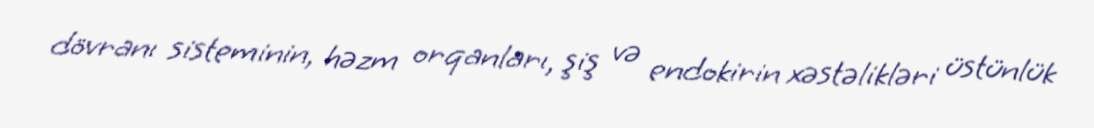
dövranı sisteminin, həzm orqanları, şiş və endokirin xəstəlikləri üstünlük